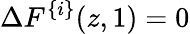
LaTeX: \Delta F^{\{ i\} }(z,1)=0